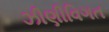
ઝીણીવિગત